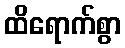
ထိရောက်စွာ